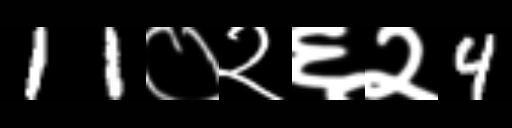
Text: 11०२६२4